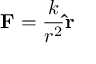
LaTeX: \mathbf { F } = { \frac { k } { r ^ { 2 } } } \mathbf { \hat { r } }